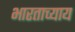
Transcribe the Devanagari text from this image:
भारताच्याय